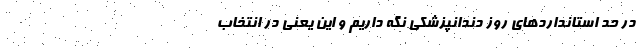
در حد استاندارد‌های روز دندانپزشکی نگه داریم و این یعنی در انتخاب